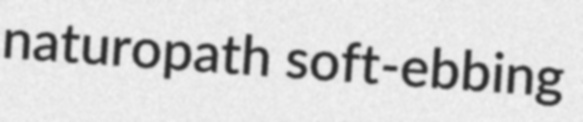
naturopath soft-ebbing